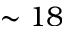
\sim 1 8